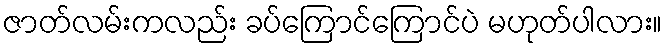
ဇာတ်လမ်းကလည်း ခပ်ကြောင်ကြောင်ပဲ မဟုတ်ပါလား။